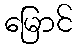
မြောင်